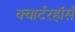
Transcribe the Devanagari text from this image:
क्वार्टरहॉर्स